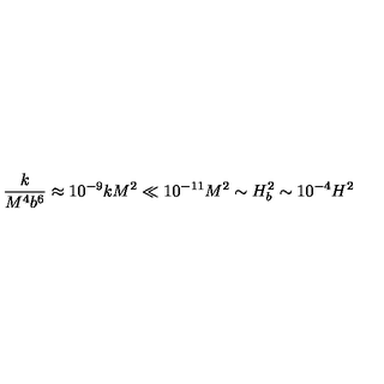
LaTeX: \frac { k } { M ^ { 4 } b ^ { 6 } } \approx 1 0 ^ { - 9 } k M ^ { 2 } \ll 1 0 ^ { - 1 1 } M ^ { 2 } \sim H _ { b } ^ { 2 } \sim 1 0 ^ { - 4 } H ^ { 2 }